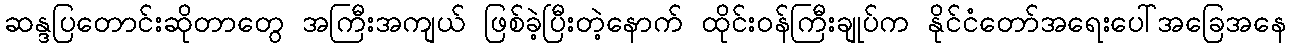
ဆန္ဒပြတောင်းဆိုတာတွေ အကြီးအကျယ် ဖြစ်ခဲ့ပြီးတဲ့နောက် ထိုင်းဝန်ကြီးချုပ်က နိုင်ငံတော်အရေးပေါ်အခြေအနေ